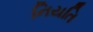
નિયતિ